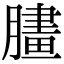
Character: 䐸